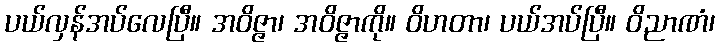
ပယ်လှန်အပ်လေပြီ။ အဝိဇ္ဇာ၊ အဝိဇ္ဇာကို။ ဝိဟတာ၊ ပယ်အပ်ပြီ။ ဝိညာဏံ၊